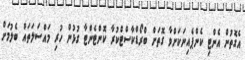
އެގޮތުން އެންޓި ކެންޕެއިނަކަށްވާ ގޮތަށް ބްރޯޑްކާސްޓްކުރާ ކޮންޓެންޓާ ގުޅުން ހުރި މައްސަލަތަައް ބެލުމަށް